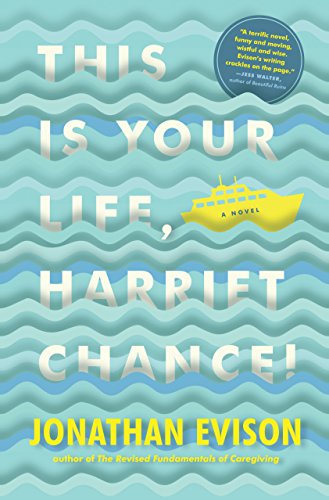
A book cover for This Is Your Life, Harriet Chance!; Jonathan Evison; Literature & Fiction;